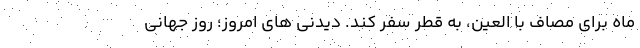
ماه برای مصاف با العین، به قطر سفر کند. دیدنی های امروز؛ روز جهانی